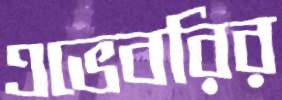
এভেবরির